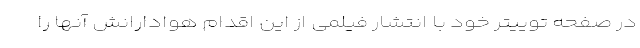
در صفحه توییتر خود با انتشار فیلمی از این اقدام هوادارانش آنها را